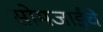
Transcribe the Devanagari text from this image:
सोमजाईचे